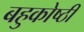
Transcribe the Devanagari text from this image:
बहुकोष्ठी